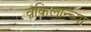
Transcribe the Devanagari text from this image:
वकिलान्च्या